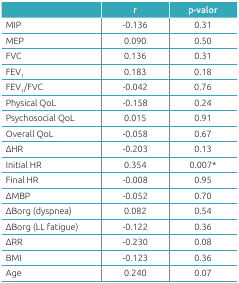
<table><thead><tr><td></td><td><b>r</b></td><td><b>p-valor</b></td></tr></thead><tbody><tr><td>MIP</td><td>-0.136</td><td>0.31</td></tr><tr><td>MEP</td><td>0.090</td><td>0.50</td></tr><tr><td>FVC</td><td>0.136</td><td>0.31</td></tr><tr><td>FEV<sub>1</sub></td><td>0.183</td><td>0.18</td></tr><tr><td>FEV<sub>1</sub>/FVC</td><td>-0.042</td><td>0.76</td></tr><tr><td>Physical QoL</td><td>-0.158</td><td>0.24</td></tr><tr><td>Psychosocial QoL</td><td>0.015</td><td>0.91</td></tr><tr><td>Overall QoL</td><td>-0.058</td><td>0.67</td></tr><tr><td>∆HR</td><td>-0.203</td><td>0.13</td></tr><tr><td>Initial HR</td><td>0.354</td><td>0.007*</td></tr><tr><td>Final HR</td><td>-0.008</td><td>0.95</td></tr><tr><td>∆MBP</td><td>-0.052</td><td>0.70</td></tr><tr><td>∆Borg (dyspnea)</td><td>0.082</td><td>0.54</td></tr><tr><td>∆Borg (LL fatigue)</td><td>-0.122</td><td>0.36</td></tr><tr><td>∆RR</td><td>-0.230</td><td>0.08</td></tr><tr><td>BMI</td><td>-0.123</td><td>0.36</td></tr><tr><td>Age</td><td>0.240</td><td>0.07</td></tr></tbody></table>